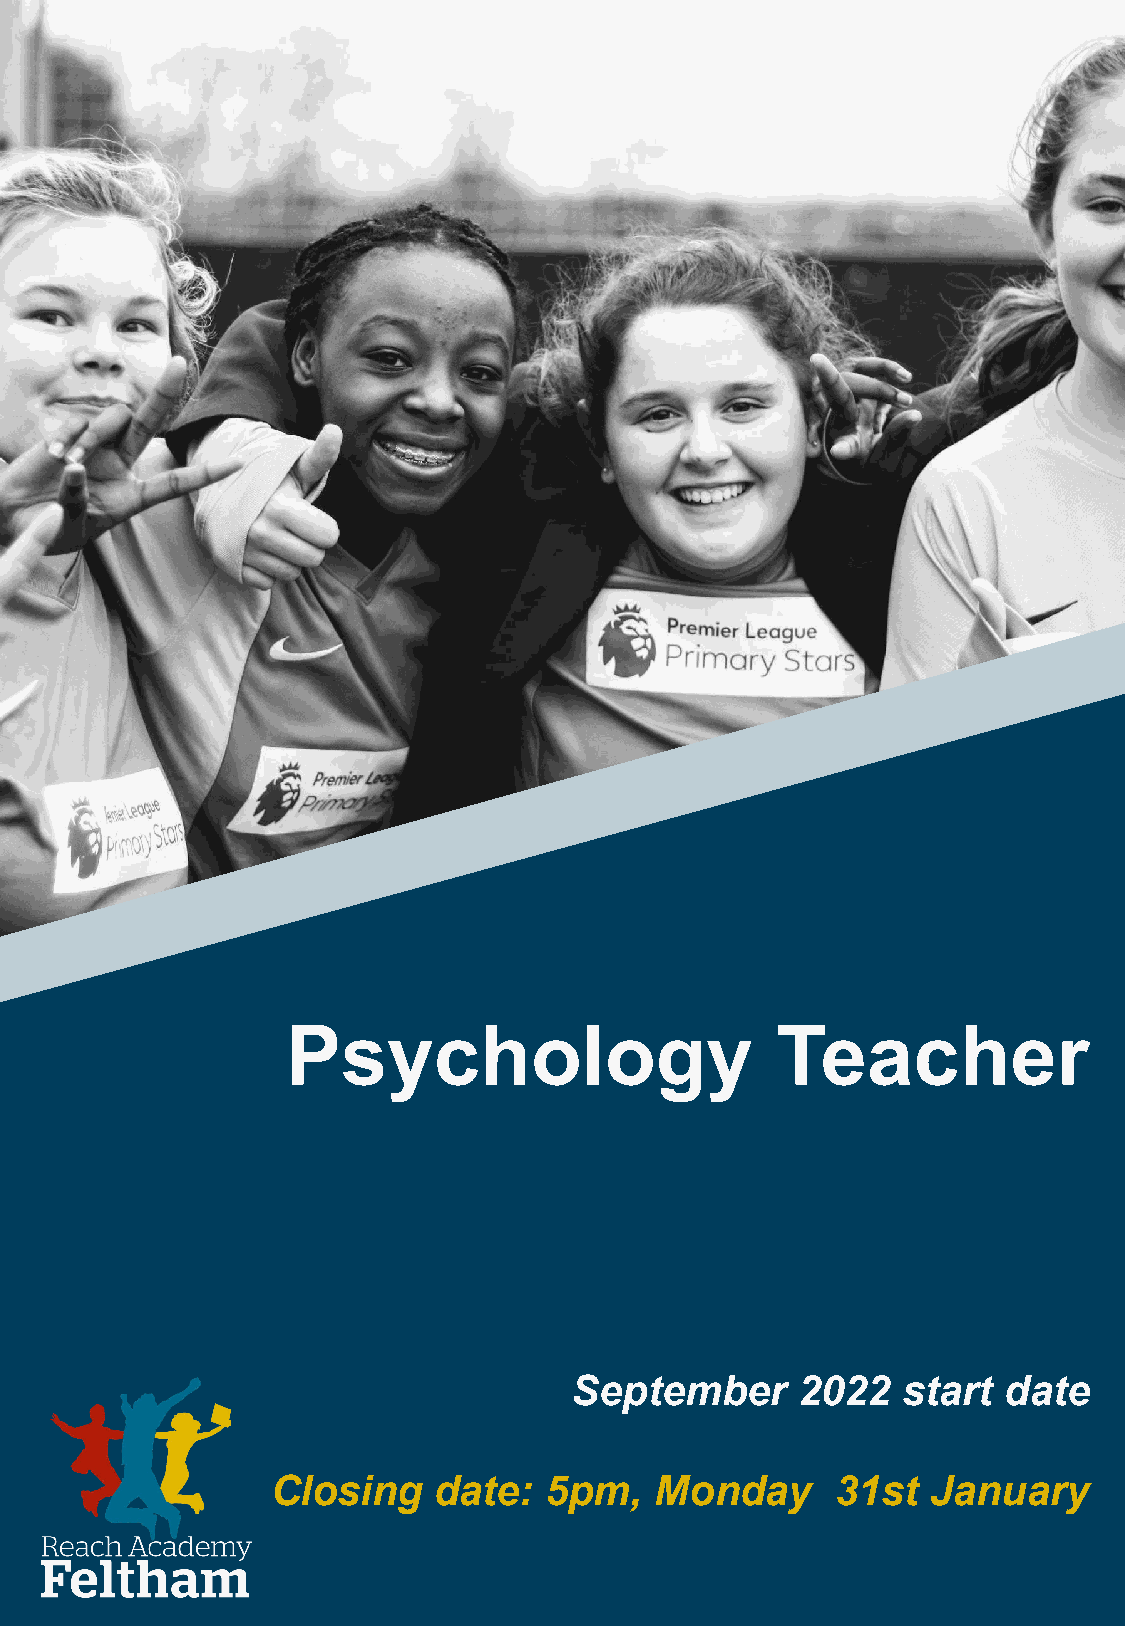
Psychology                      Teacher
 September      2022   start date
 Closing    date:  5pm,   Monday      31st   January